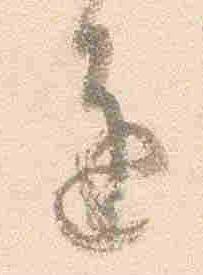
進